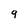
Character: 9